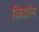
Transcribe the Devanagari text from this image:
ज़ियॉन